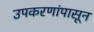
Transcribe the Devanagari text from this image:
उपकरणांपासून